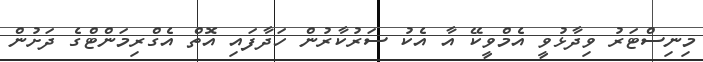
މިނިސްޓަރު ވިދާޅުވީ އެމްވީކޭ އާ އެކު ސަރުކާރުން ހަދާފައި އޮތް އެގްރިމަންޓްގެ ދަށުން